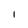
Character: l